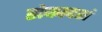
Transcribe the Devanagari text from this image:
ह्मेकादशं